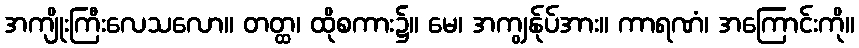
အကျိုးကြီးလေသလော။ တတ္ထ၊ ထိုစကား၌။ မေ၊ အကျွန်ုပ်အား။ ကာရဏံ၊ အကြောင်းကို။